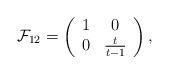
LaTeX: \begin{align*}\mathcal{F}_{12}=\left(\begin{array}{cc}1 & 0\\0 & \frac{t}{t-1}\\\end{array}\right),\end{align*}